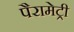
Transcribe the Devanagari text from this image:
पैरामेट्री